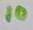
Text: 10